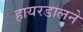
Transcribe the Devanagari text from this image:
हायरडालने